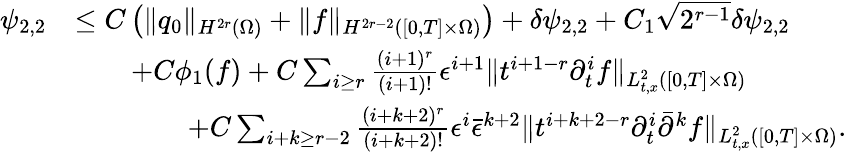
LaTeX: \begin{array}{rl}{\psi_{2,2}}&{\le C\left(\| q_{0}\| _{H^{2r}(\Omega)}+\| f\| _{H^{2r-2}([0,T]\times\Omega)}\right)+\delta\psi_{2,2}+C_{1}\sqrt{2^{r-1}}\delta\psi_{2,2}}\\ &{\quad\quad+C\phi_{1}(f)+C\sum_{i\ge r}\frac{(i+1)^{r}}{(i+1)!}\epsilon^{i+1}\| t^{i+1-r}\partial_{t}^{i}f\| _{L_{t,x}^{2}([0,T]\times\Omega)}}\\ &{\quad\quad\quad\quad+C\sum_{i+k\ge r-2}\frac{(i+k+2)^{r}}{(i+k+2)!}\epsilon^{i}\bar{\epsilon}^{k+2}\| t^{i+k+2-r}\partial_{t}^{i}\bar{\partial}^{k}f\| _{L_{t,x}^{2}([0,T]\times\Omega)}.}\end{array}